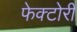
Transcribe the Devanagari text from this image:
फेक्टोरी